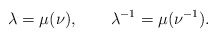
\begin{align*}\lambda=\mu(\nu), \qquad \lambda^{-1}=\mu(\nu^{-1}) .\end{align*}